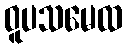
ဝူပသမေထ